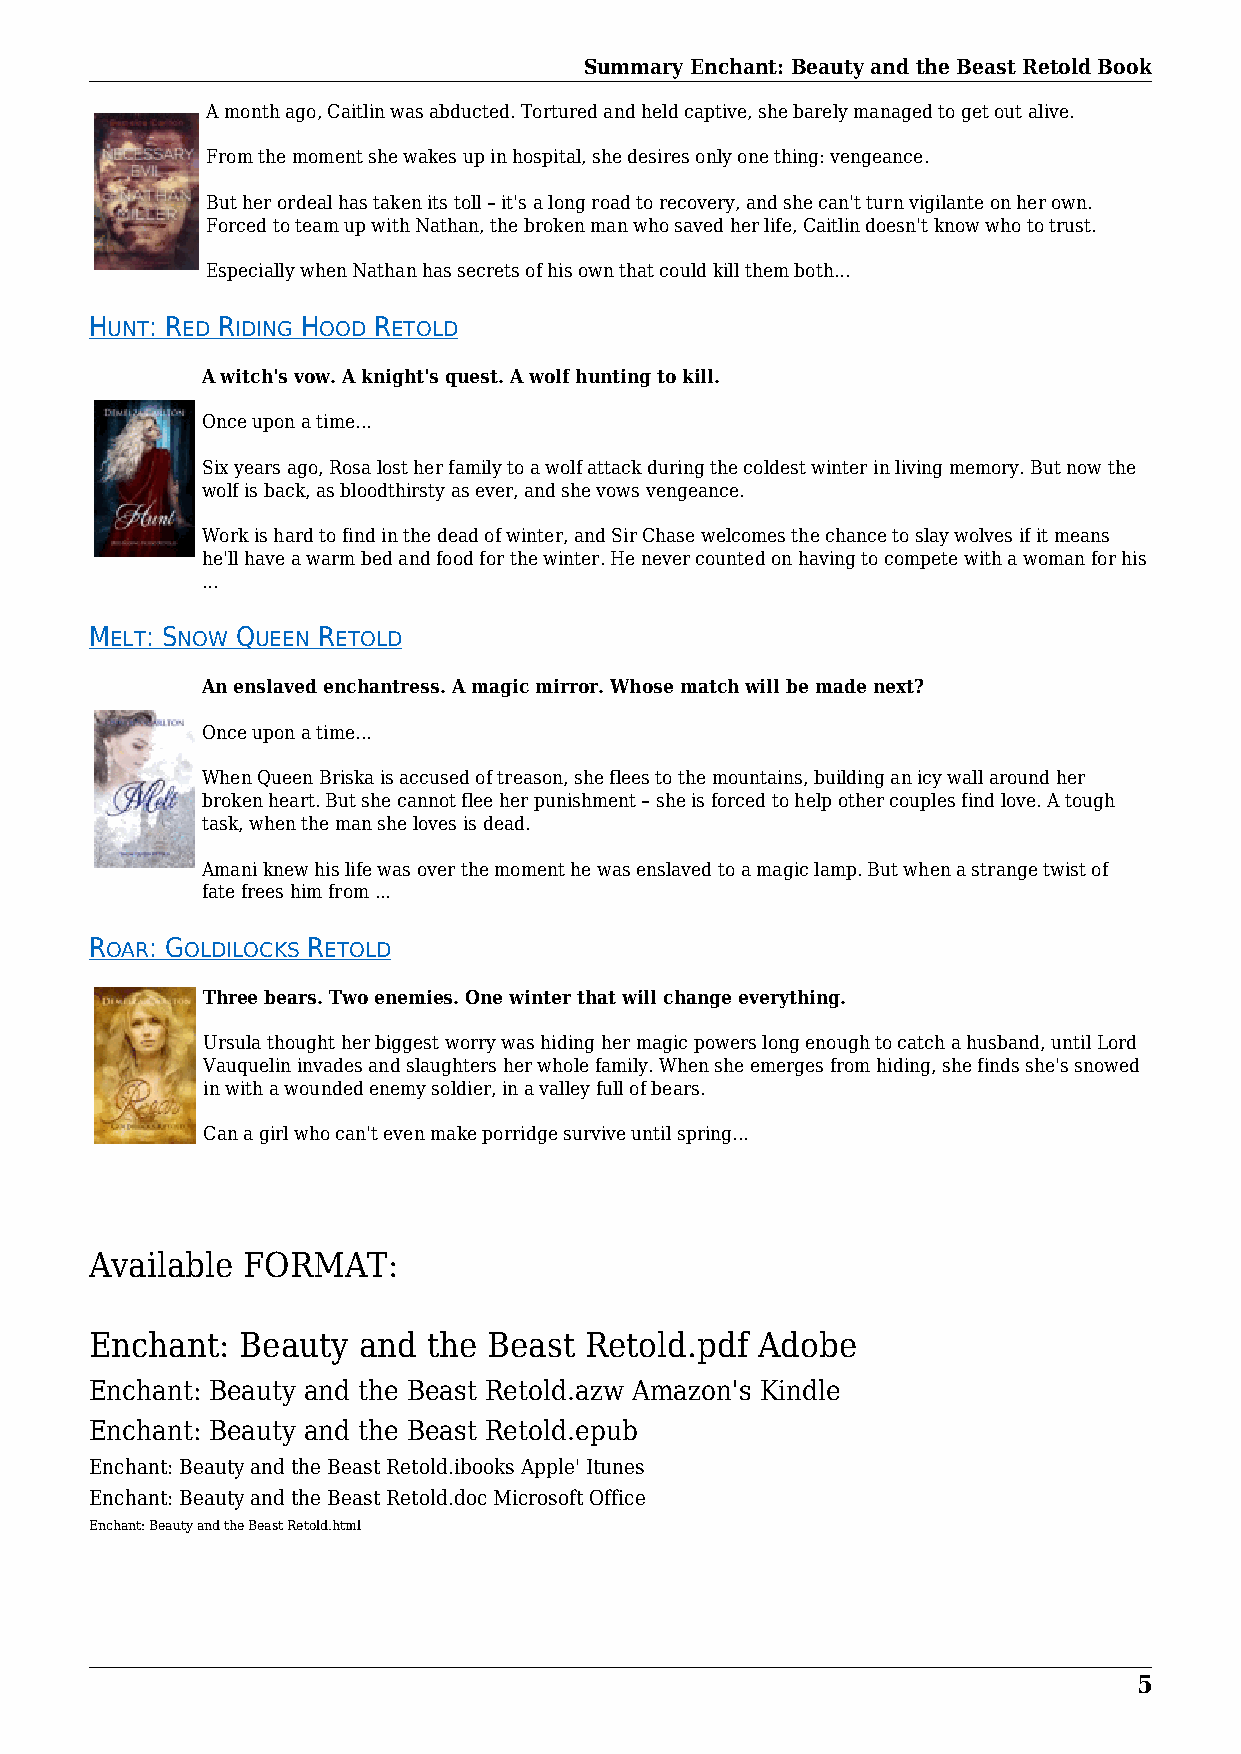
Summary Enchant: Beauty and the Beast Retold Book
 A month ago, Caitlin was abducted. Tortured and held captive, she barely managed to get out alive.
 From the moment she wakes up in hospital, she desires only one thing: vengeance.
 But her ordeal has taken its toll – it's a long road to recovery, and she can't turn vigilante on her own.
 Forced to team up with Nathan, the broken man who saved her life, Caitlin doesn't know who to trust.
 Especially when Nathan has secrets of his own that could kill them both...
 HUNT: RED RIDING HOOD RETOLD
 A witch's vow. A knight's quest. A wolf hunting to kill.
 Once upon a time…
 Six years ago, Rosa lost her family to a wolf attack during the coldest winter in living memory. But now the
 wolf is back, as bloodthirsty as ever, and she vows vengeance.
 Work is hard to find in the dead of winter, and Sir Chase welcomes the chance to slay wolves if it means
 he'll have a warm bed and food for the winter. He never counted on having to compete with a woman for his
 ...
 MELT: SNOW QUEEN RETOLD
 An enslaved enchantress. A magic mirror. Whose match will be made next?
 Once upon a time…
 When Queen Briska is accused of treason, she flees to the mountains, building an icy wall around her
 broken heart. But she cannot flee her punishment – she is forced to help other couples find love. A tough
 task, when the man she loves is dead.
 Amani knew his life was over the moment he was enslaved to a magic lamp. But when a strange twist of
 fate frees him from ...
 ROAR: GOLDILOCKS RETOLD
 Three bears. Two enemies. One winter that will change everything.
 Ursula thought her biggest worry was hiding her magic powers long enough to catch a husband, until Lord
 Vauquelin invades and slaughters her whole family. When she emerges from hiding, she finds she's snowed
 in with a wounded enemy soldier, in a valley full of bears.
 Can a girl who can't even make porridge survive until spring...
 Available FORMAT:
 Enchant:  Beauty  and the Beast  Retold.pdf Adobe
 Enchant: Beauty and the Beast Retold.azw Amazon's Kindle
 Enchant: Beauty and the Beast Retold.epub
 Enchant: Beauty and the Beast Retold.ibooks Apple' Itunes
 Enchant: Beauty and the Beast Retold.doc Microsoft Office
 Enchant: Beauty and the Beast Retold.html
 5